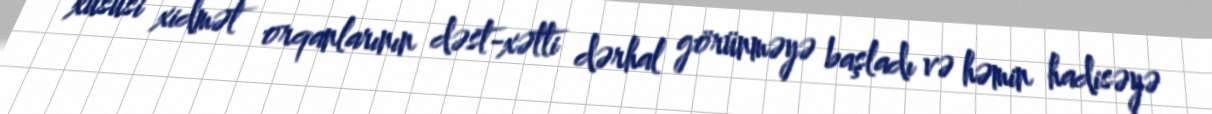
xüsusi xidmət orqanlarının dəst-xətti dərhal görünməyə başladı və həmin hadisəyə